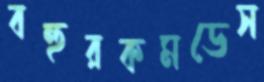
বহুরকমডেস